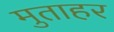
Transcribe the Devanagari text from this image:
मुताहर